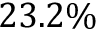
2 3 . 2 \%